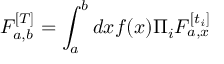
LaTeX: F _ { a , b } ^ { [ T ] } = \int _ { a } ^ { b } d x f ( x ) \Pi _ { i } F _ { a , x } ^ { [ t _ { i } ] }